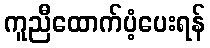
ကူညီထောက်ပံ့ပေးရန်